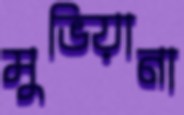
মুভিয়ানা